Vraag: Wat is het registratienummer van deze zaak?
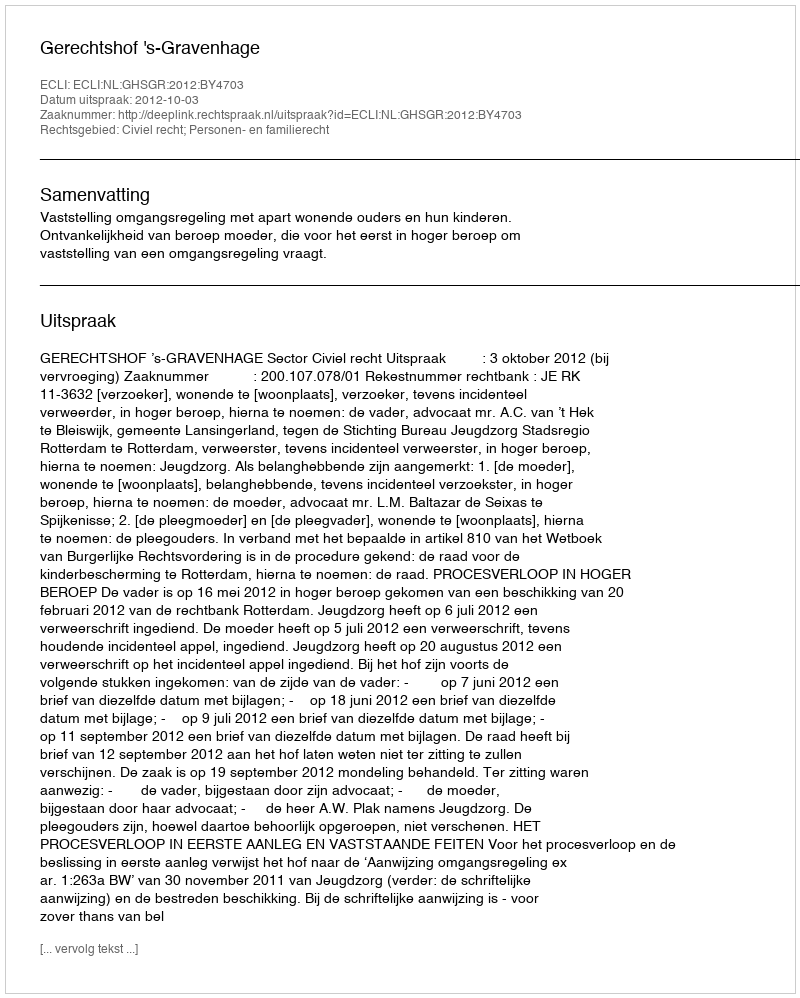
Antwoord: http://deeplink.rechtspraak.nl/uitspraak?id=ECLI:NL:GHSGR:2012:BY4703